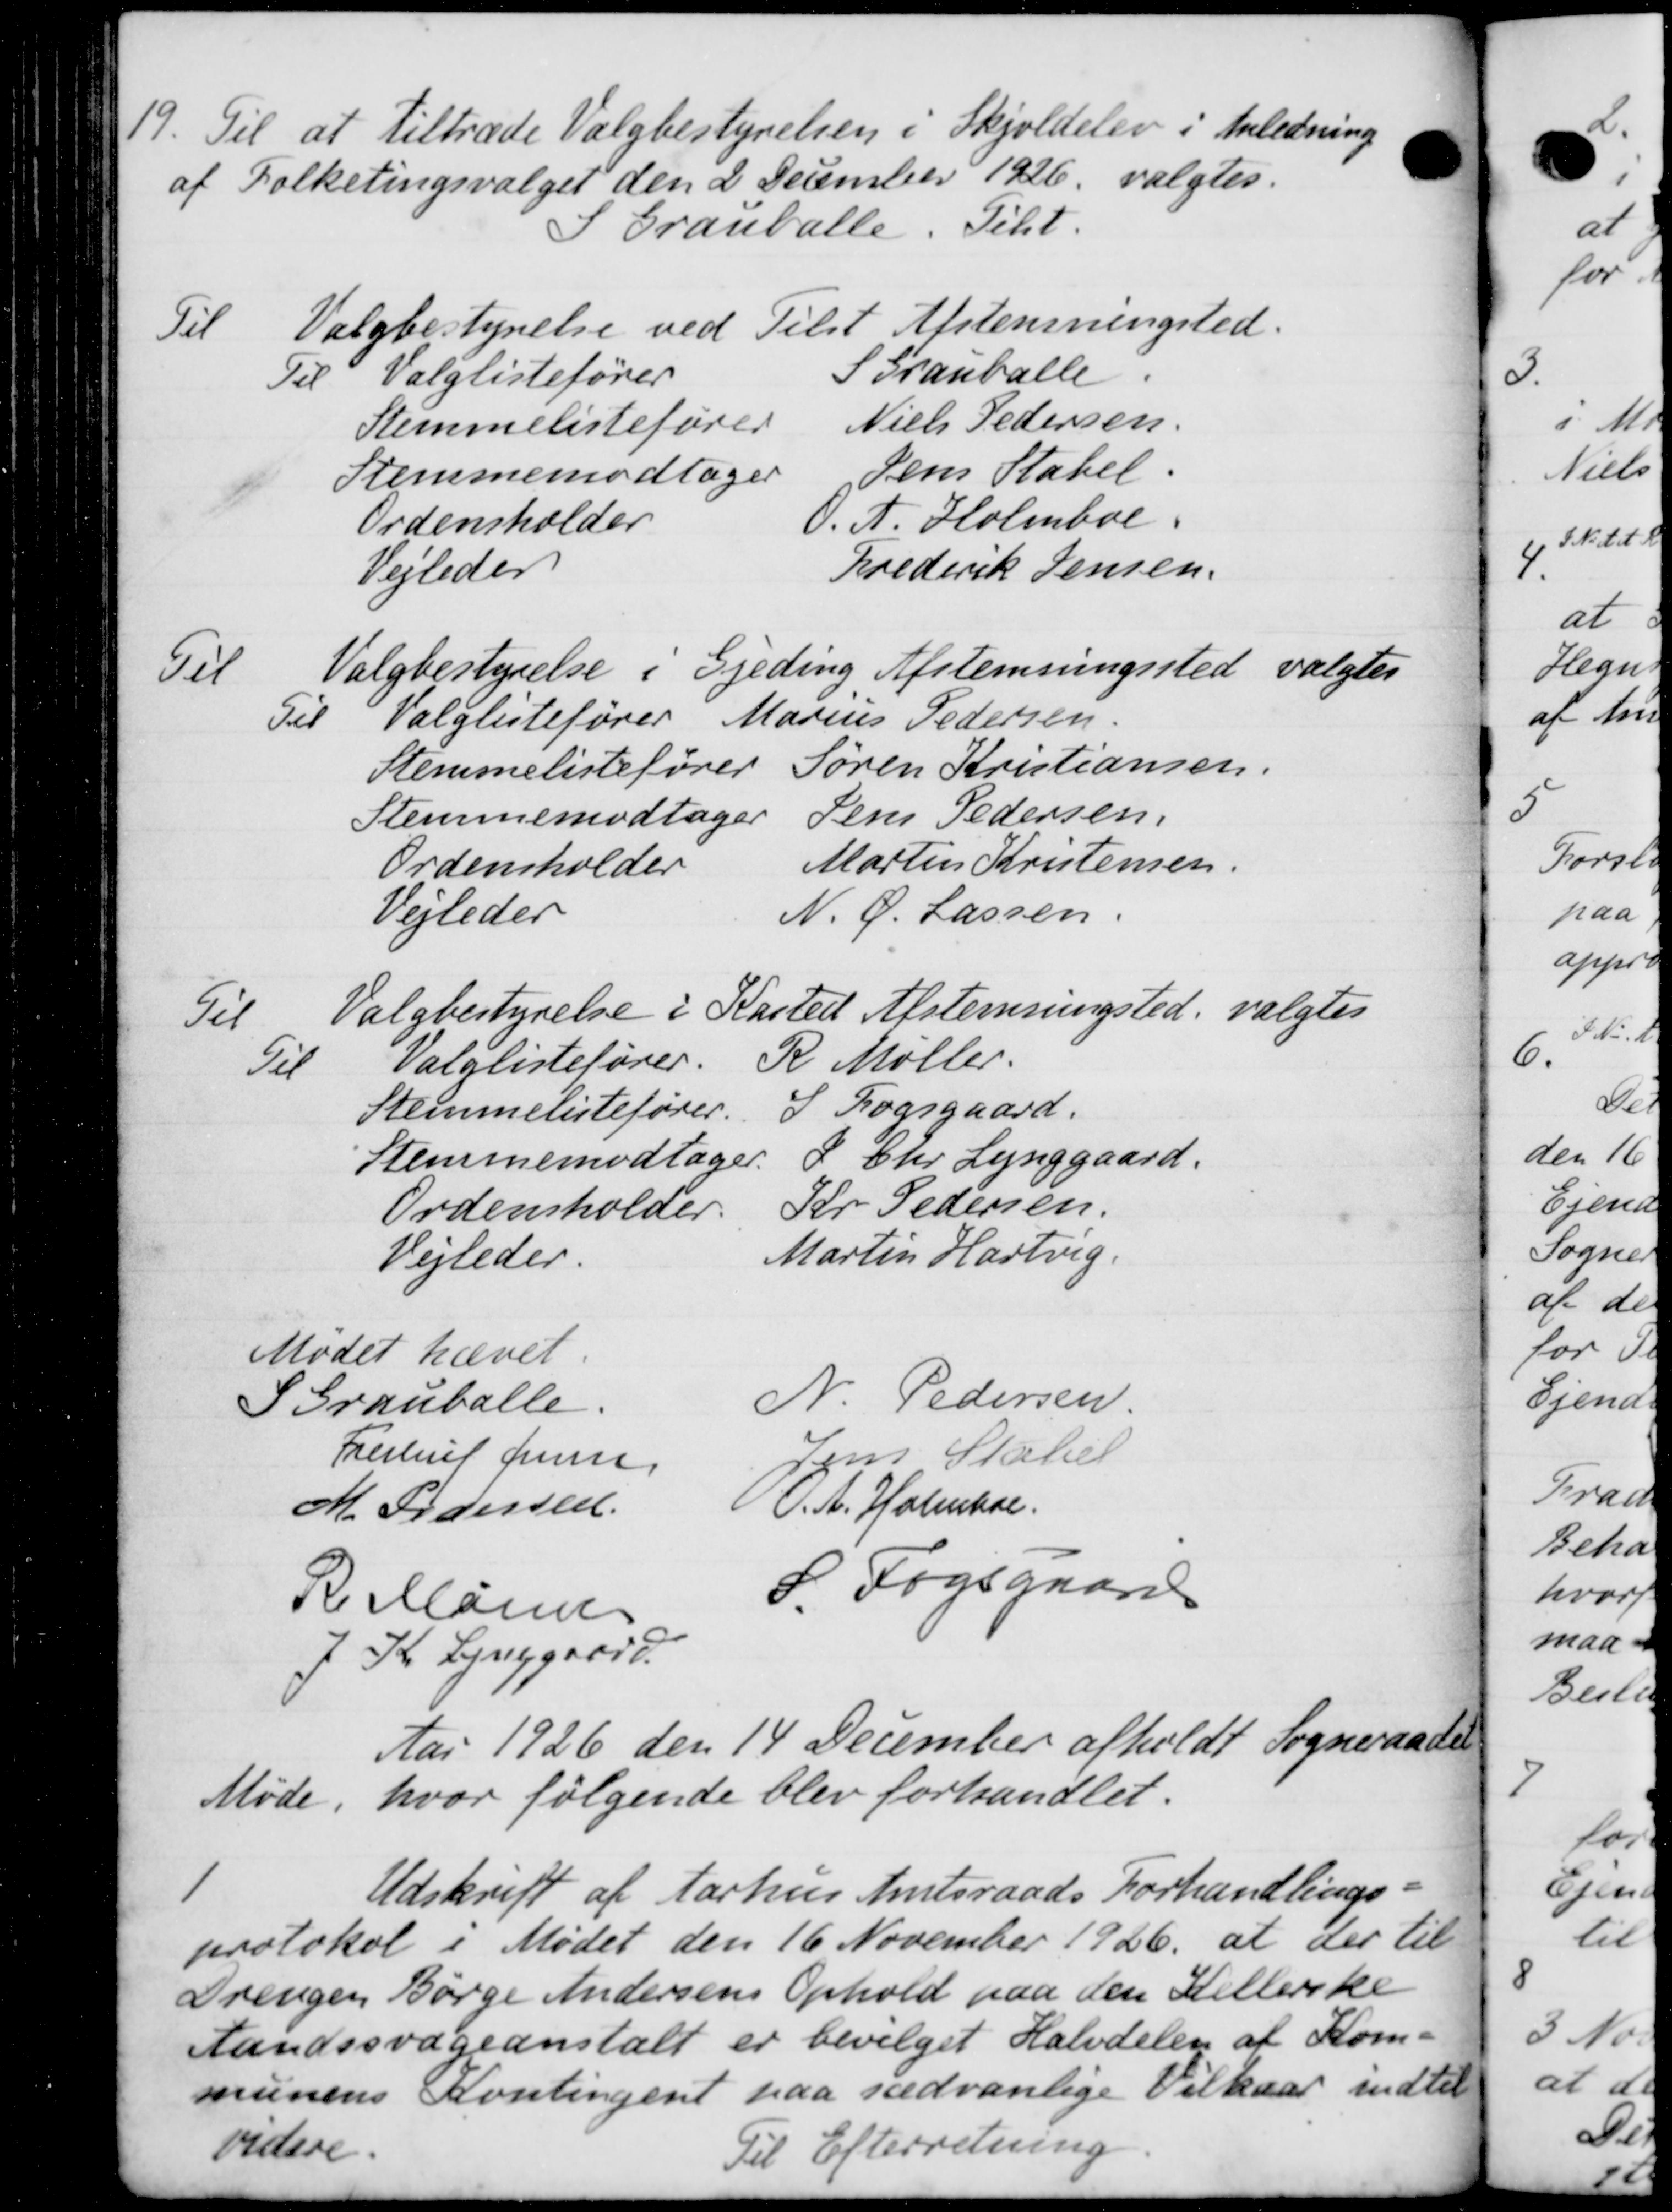
Transskription:
19.
Til at tiltræde Valgbestyrelsen i Skjoldelev i Anledning
af Folketingsvalget den 2 December 1926 valgtes.
Granballe. Tilst.
Til Valgbestyrelse ved Tilst Afstemningsted.
Til Valglistefører S Granballe
Stemmelistefører Niels Pedersen.
Stemmemodtager Jens Statel
Ordensholder O. A. Holmboe
Vejledes Frederik Jensen.
Til Valgbestyrelse i Gjeding Afstemningssted valgtes
Til Valglistefører Marius Pedersen
Stemmelistefører Søren Kristiansen.
Stemmemodtager "Jens Pedersen
Ordensholder Martin Kristensen
Vejledes N. C. Lassen.
Til Valgbestyrelse i Kasted Afstemningsted, valgtes
Til Valglistefører. R Møller.
Stemmelistefører. I Fogsgaard.
Stemmemodtager. P Chr. Lynggaard
Ordensholder. Kr. Pedersen
Vejleder. Martin Hartvig.
Mødet hævet.
I Grauballe.
N. Pedersen.
Freul Jensen
Jens Statst
M Pedersen
S. A. Holmhol
R Marens
P. Fogsgaard
7 Kr. Lynggaard.
Aar 1926 den 14 December afholdt Sogneraadet
Møde, hvor følgende blev forhandlet.
1
Udskrift af Aarhus Amtsraads Forhandlings-
protokol i Mødet den 16 November 1926 at der til
Drengen Børge Andersens Ophold paa den Kellerske
Landssvageanstalt er bevilget Halvdelen af Kom-
munens Kontingent paa sædvanlige Vilkaar indtil
videre.
Til Efterretning